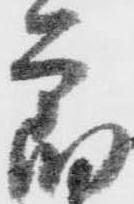
節